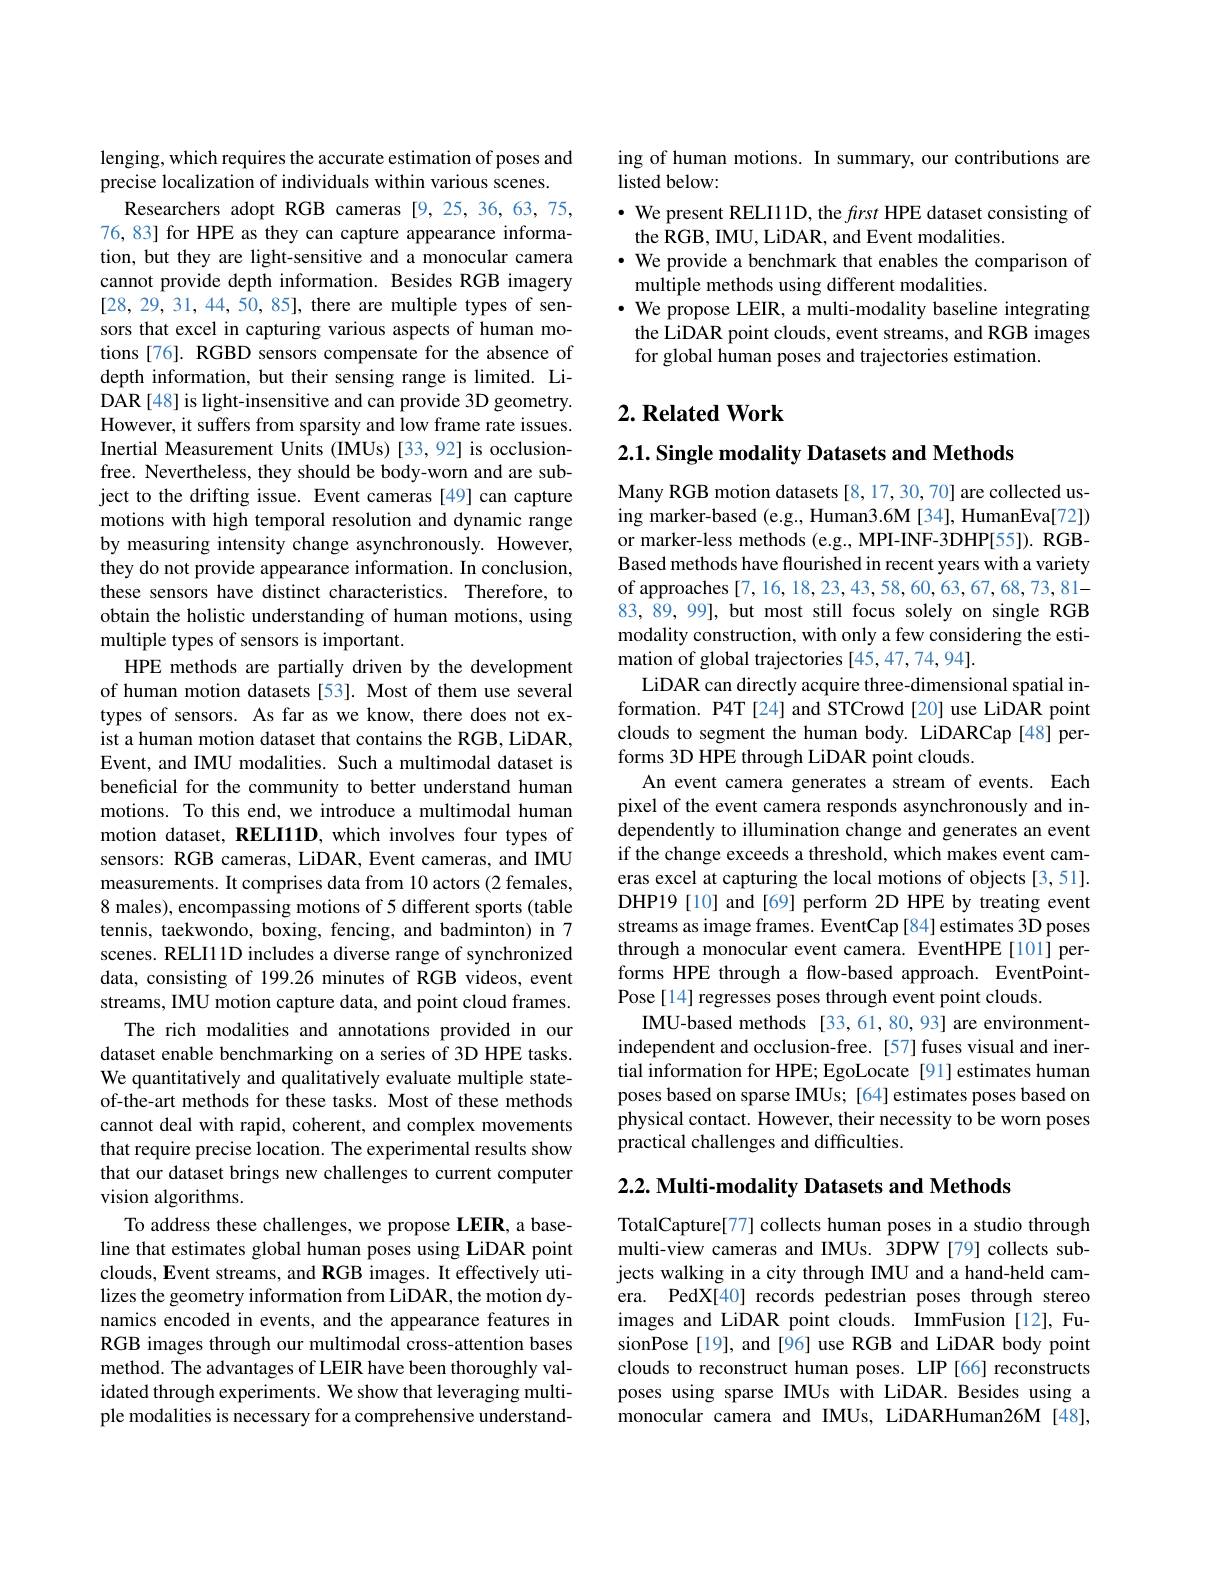
lenging, which requires the accurate estimation of poses and
precise localization of individuals within various scenes.
Researchers adopt RGB cameras [9,25,36,63,75, 76, 83] for HPE as they can capture appearance information, but they are light-sensitive and a monocular camera cannot provide depth information. Besides RGB imagery [28,29,31,44,50,85], there are multiple types of sensors that excel in capturing various aspects of human motions [76]. RGBD sensors compensate for the absence of depth information, but their sensing range is limited. LiDAR[48] is light-insensitive and can provide 3D geometry. However, it suffers from sparsity and low frame rate issues. Inertial Measurement Units (IMUs)[33,92] is occlusionfree. Nevertheless, they should be body-worn and are subject to the drifting issue. Event cameras [49] can capture motions with high temporal resolution and dynamic range by measuring intensity change asynchronously. However, they do not provide appearance information. In conclusion, these sensors have distinct characteristics. Therefore, to obtain the holistic understanding of human motions, using multiple types of sensors is important.
HPE methods are partially driven by the development of human motion datasets [53]. Most of them use several types of sensors. As far as we know, there does not exist a human motion dataset that contains the RGB, LiDAR, Event, and IMU modalities. Such a multimodal dataset is beneficial for the community to better understand human motions. To this end, we introduce a multimodal human motion dataset, RELI11D, which involves four types of sensors: RGB cameras, LiDAR, Event cameras, and IMU measurements. It comprises data from 10 actors (2 females, 8 males), encompassing motions of 5 different sports (table tennis, taekwondo, boxing, fencing, and badminton) in 7 scenes. RELIl 1D includes a diverse range of synchronized data, consisting of 199.26 minutes of RGB videos, event streams, IMU motion capture data, and point cloud frames.
The rich modalities and annotations provided in our dataset enable benchmarking on a series of 3D HPE tasks. We quantitatively and qualitatively evaluate multiple stateof-the-art methods for these tasks. Most of these methods cannot deal with rapid, coherent, and complex movements that require precise location. The experimental results show that our dataset brings new challenges to current computer vision algorithms.
To address these challenges, we propose LEIR, a baseline that estimates global human poses using LiDAR point clouds, Event streams, and RGB images. It effectively utilizes the geometry information from LiDAR, the motion dynamics encoded in events, and the appearance features in RGB images through our multimodal cross-attention bases method. The advantages of LEIR have been thoroughly validated through experiments. We show that leveraging multiple modalities is necessary for a comprehensive understand-

ing of human motions. In summary, our contributions are
listed below:
$\cdot$ We present RELI11D, the first HPE dataset consisting of
the RGB, IMU, LiDAR, and Event modalities.
· We provide a benchmark that enables the comparison of
multiple methods using different modalities.
$\cdot$ We propose LEIR, a multi-modality baseline integrating
the LiDAR point clouds, event streams, and RGB images
for global human poses and trajectories estimation.

## $2. \textbf{Related Work}$

$2. 1. \textbf{ Single modality Datasets and Methods}$

Many RGB motion datasets[8,17,30,70] are collected using marker-based (e.g., Human3.6M [34], HumanEva[72]) or marker-less methods (e.g., MPI-INF-3DHP[55]). RGBBased methods have flourished in recent years with a variety of approaches [7,16,18,23,43,58,60,63,67,68,73,81- 83, 89, 99], but most still focus solely on single RGB modality construction, with only a few considering the estimation of global trajectories [45,47,74,94].
LiDAR can directly acquire three-dimensional spatial information. P4T[24] and STCrowd[20] use LiDAR point clouds to segment the human body. LiDARCap [48] performs 3D HPE through LiDAR point clouds.
An event camera generates a stream of events. Each pixel of the event camera responds asynchronously and independently to illumination change and generates an event if the change exceeds a threshold, which makes event cameras excel at capturing the local motions of objects [3,51]. DHP19[10] and[69] perform 2D HPE by treating event streams as image frames. EventCap [84] estimates 3D poses through a monocular event camera. EventHPE[101] performs HPE through a flow-based approach. EventPointPose [14] regresses poses through event point clouds.
IMU-based methods [33,61,80,93] are environmentindependent and occlusion-free. [57] fuses visual and inertial information for HPE; EgoLocate [91] estimates human poses based on sparse IMUs; [64] estimates poses based on physical contact. However, their necessity to be worn poses practical challenges and difficulties.

$2. 2. \textbf{Multi- modality Datasets and Methods}$

TotalCapture[77] collects human poses in a studio through multi-view cameras and IMUs. 3DPW [79] collects subjects walking in a city through IMU and a hand-held camera. PedX[40] records pedestrian poses through stereo images and LiDAR point clouds. ImmFusion[12], FusionPose [19], and [96] use RGB and LiDAR body point clouds to reconstruct human poses. LIP [66] reconstructs poses using sparse IMUs with LiDAR. Besides using a monocular camera and IMUs, LiDARHuman26M [48],